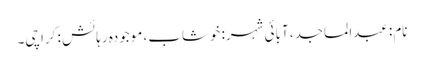
نام: عبدالماجد، آبائی شہر: خوشاب، موجودہ رہائش : کراچی۔